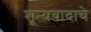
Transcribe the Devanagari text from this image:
शून्यवादाचे